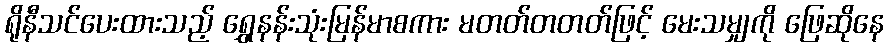
ရိုနီသင်ပေးထားသည့် ရွှေနန်းသုံးမြန်မာစကား မတတ်တတတ်ဖြင့် မေးသမျှကို ဖြေဆိုနေ